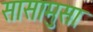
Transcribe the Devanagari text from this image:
सासामुसा